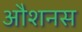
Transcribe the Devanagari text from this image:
औशनस